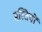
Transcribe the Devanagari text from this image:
मस्तियों